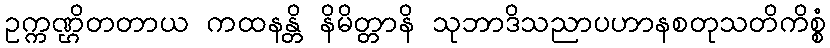
ဥက္ကဏ္ဌိတတာယ ကထနန္တိ နိမိတ္တာနိ သုဘာဒိသညာပဟာနစတုသတိကိစ္စံ